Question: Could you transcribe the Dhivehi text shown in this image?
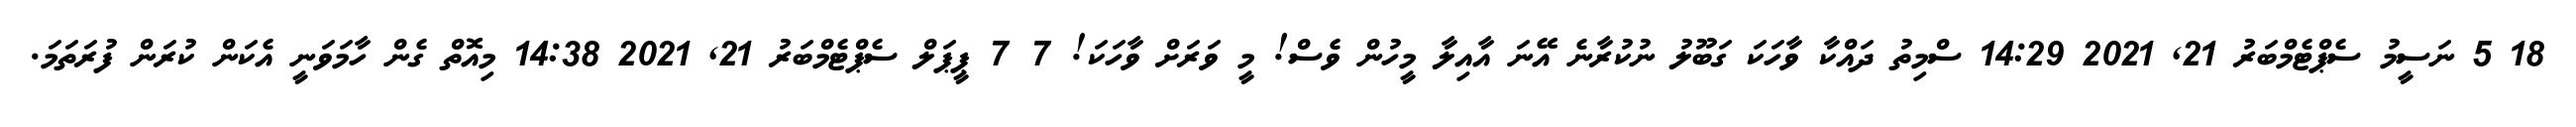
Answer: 18 5 ނަސީމު ސެޕްޓެމްބަރު 21, 2021 14:29 ސްމިތު ދައްކާ ވާހަކަ ގަބޫލު ނުކުރާނެ އޭނަ އާއިލާ މީހުން ވެސް! މީ ވަރަށް ވާހަކަ! 7 7 ޕީޕަލް ސެޕްޓެމްބަރު 21, 2021 14:38 މިއޮތް ގެން ހާމަވަނީ އެކަން ކުރަން ފުރަތަމަ.